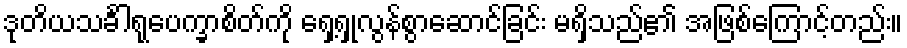
ဒုတိယသင်္ခါရုပေက္ခာစိတ်ကို ရှေ့ရှုလွန်စွာဆောင်ခြင်း မရှိသည်၏ အဖြစ်ကြောင့်တည်း။